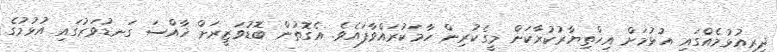
ދިރިއުޅުމެއްގައި އުޅުމަށް އިޚްތިޔާރުކުރާކަން މީގެކުރިން ހާމަކުރައްވާފައެވެ. އެގޮތުން ބޮޑުވަޒީރަށް ޚާއްސަ ގަނޑުވަރުގައި އުޅުމުގެ